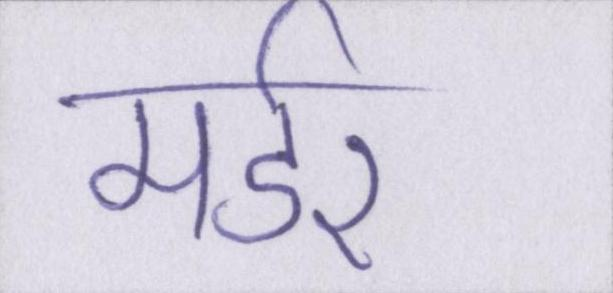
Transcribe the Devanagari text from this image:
मर्डर